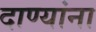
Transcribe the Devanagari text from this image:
दाण्यांना